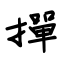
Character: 撣